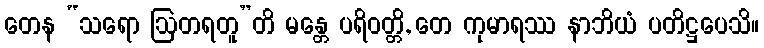
တေန “သရော ဩတရတူ”တိ မန္တေ ပရိဝတ္တိ, တေ ကုမာရဿ နာဘိယံ ပတိဋ္ဌပေသိ။